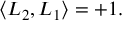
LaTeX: \langle L _ { 2 } , L _ { 1 } \rangle = + 1 .